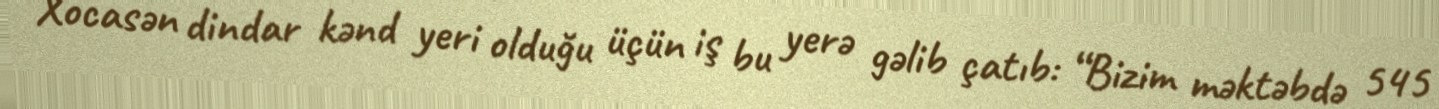
Xocasən dindar kənd yeri olduğu üçün iş bu yerə gəlib çatıb: “Bizim məktəbdə 545